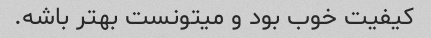
کیفیت خوب بود و میتونست بهتر باشه.